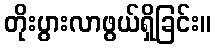
တိုးပွားလာဖွယ်ရှိခြင်း။